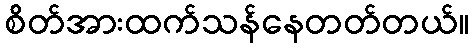
စိတ်အားထက်သန်နေတတ်တယ်။